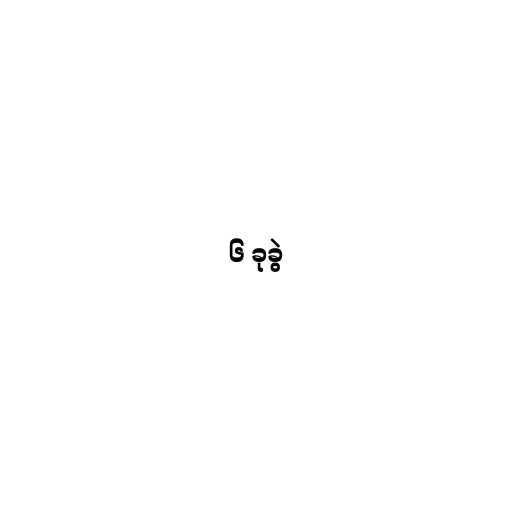
၆ ခုခွဲ